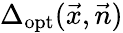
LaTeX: \Delta_{\mathrm{opt}}(\vec{x},\vec{n})